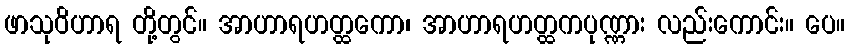
ဖာသုဝိဟာရ တို့တွင်။ အာဟာရဟတ္ထကော၊ အာဟာရဟတ္ထကပုဏ္ဏား လည်းကောင်း။ ပေ။